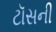
ટૉસની